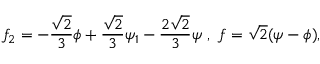
f _ { 2 } = - \frac { \sqrt { 2 } } { 3 } \phi + \frac { \sqrt { 2 } } { 3 } \psi _ { 1 } - \frac { 2 \sqrt { 2 } } { 3 } \psi \ , \ f = \sqrt { 2 } ( \psi - \phi ) ,